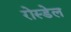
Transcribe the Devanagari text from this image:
रोस्डेल